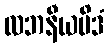
လဘနီယမိဒံ